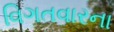
વિગતવારના